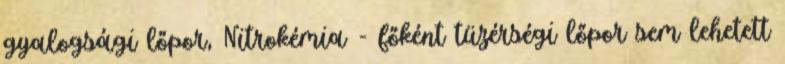
gyalogsági lőpor, Nitrokémia - főként tüzérségi lőpor sem lehetett